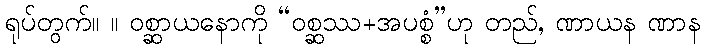
ရုပ်တွက်။ ။ ဝစ္ဆာယနောကို “ဝစ္ဆဿ+အပစ္စံ”ဟု တည်, ဏာယန ဏာန